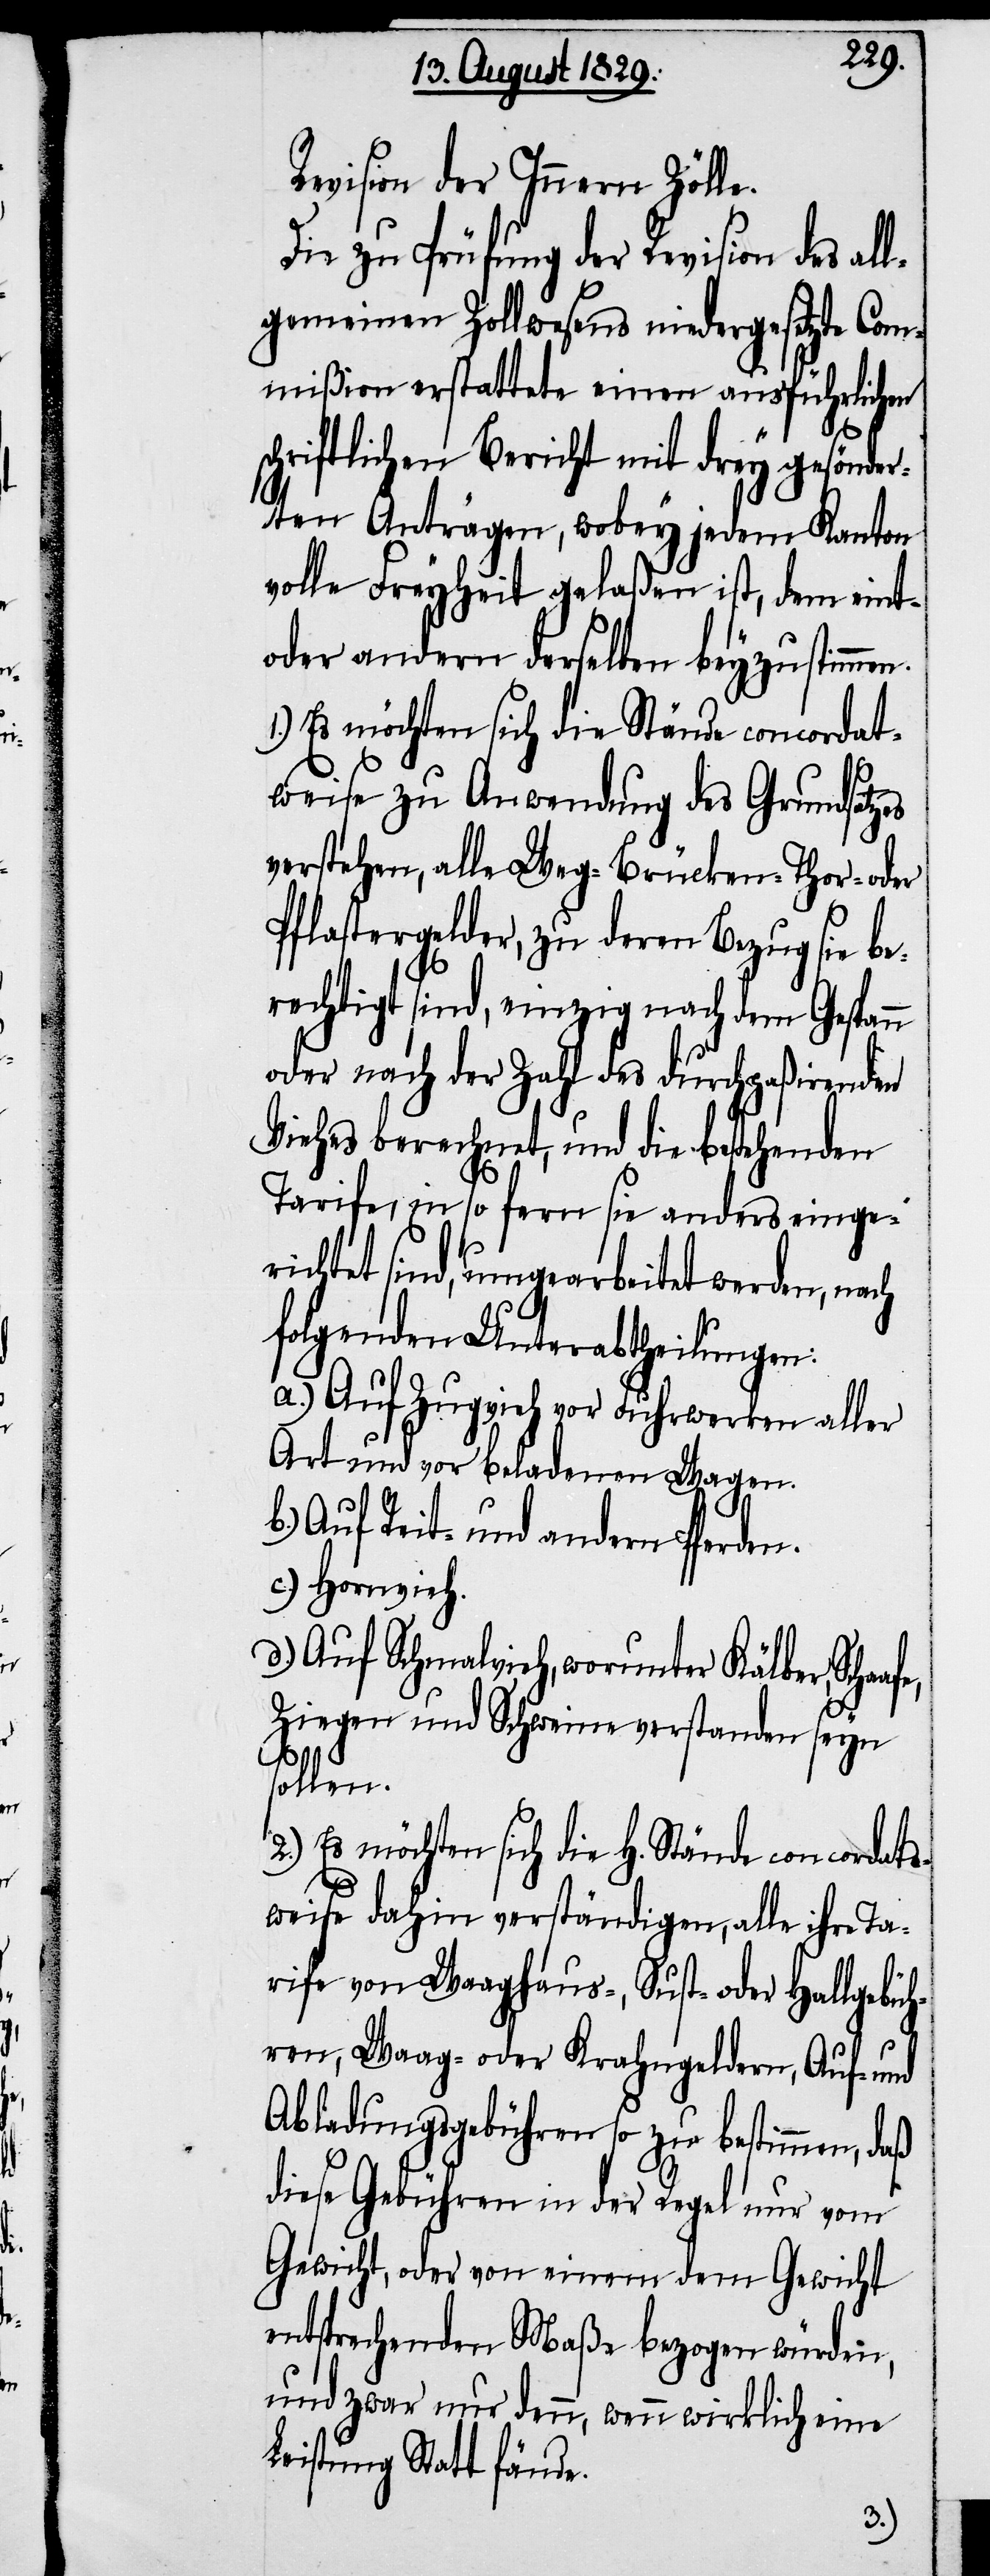
fe,

Revision der Innern Zölle.
Die zur Prüfung der Revision des all¬
gemeinen Zollwesens niedergesetzte Com¬
mißion erstattete einen ausführlichen
schriftlichen Bericht mit drey gesönder¬
ten Anträgen, wobey jedem Kanton
volle Freyheit gelaßen ist, dem eint-
oder andern derselben beyzustimmen.
1.) Es möchten sich die Stände concordat¬
weise zu Anwendung des Grundsatzes
verstehen, alle Weg-[,] Brücken-[,] Thor-
Pflastergelder, zu deren Bezug sie be¬
rechtigt sind, einzig nach dem Gespann
oder nach der Zahl des durchpaßirenden
Viehes berechnet, und die bestehenden
Tarife, in so fern sie anders einge¬
richtet sind, umgearbeitet werden, nach
folgenden Unterabtheilungen:
a.) Auf Zugvieh vor Fuhrwerken aller
Art und vor beladenen Wagen.
b.) Auf Reit- und andern Pferden.
c.) Hornvieh.
d.) Auf Schmalvieh, worunter Kälber, Schaa¬
Ziegen und Schweine verstanden seyn
sollen.
2.) Es möchten sich die H. Stände concordats¬
weise dahin verständigen, alle ihre Ta¬
rife von Waaghaus-, Sust- oder Hallgebüh¬
ren, Waag- oder Krahngeldern, Auf- und
Abladungsgebühren so zu bestimmen, daß
diese Gebühren in der Regel nur vom
Gewicht, oder von einem dem Gewicht
entsprechenden Maße bezogen würden,
und zwar nur denn, wenn wirklich eine
Leistung Statt fände.